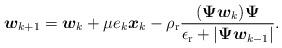
LaTeX: \begin{align*}\boldsymbol{w}_{k+1} = \boldsymbol{w}_k + \mu e_k \boldsymbol{x}_k- \rho_{\rm r} \frac{ (\boldsymbol{\Psi}\boldsymbol{w}_k) \boldsymbol{\Psi}} {\epsilon_{\rm r} + |\boldsymbol{\Psi} \boldsymbol{w}_{k-1} |}.\end{align*}